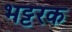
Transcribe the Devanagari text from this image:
भट्टरक